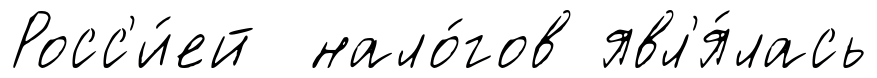
Росс'и́ей нало́гов явл'я́лась